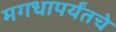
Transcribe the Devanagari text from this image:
मगधापर्यंतचे